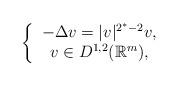
LaTeX: \begin{align*}\left\{\begin{tabular}[c]{c}$-\Delta v=|v|^{2^{\ast}-2}v,$\\$v\in D^{1,2}(\mathbb{R}^{m}),$\end{tabular}\right. \end{align*}